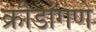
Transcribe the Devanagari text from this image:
क्रीडांगणे